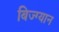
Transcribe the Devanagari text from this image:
बिज्ग्यान